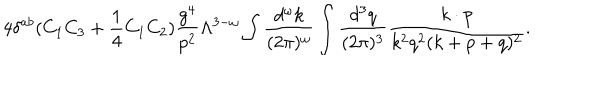
LaTeX: 4 \delta ^ { a b } ( C _ { 1 } C _ { 3 } + { \frac { 1 } { 4 } } C _ { 1 } C _ { 2 } ) { \frac { g ^ { 4 } } { p ^ { 2 } } } \Lambda ^ { 3 - \omega } \int { \frac { d ^ { \omega } k } { ( 2 \pi ) ^ { \omega } } } \int { \frac { d ^ { 3 } q } { ( 2 \pi ) ^ { 3 } } } { \frac { k \cdot p } { k ^ { 2 } q ^ { 2 } ( k + p + q ) ^ { 2 } } } .